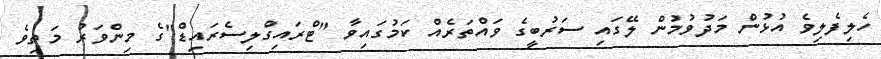
ހެލިފެލިވެ އުޅުން މަދުވުމުން ލޭގައި ސަރުބީގެ ވައްތަރެއް ކަމުގައިވާ "ޓްރައިގްލިސެރައިޑް"ގެ މިންވަރު މަތިވެ